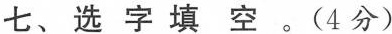
七、选字填空。(4分)